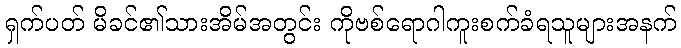
ရှက်ပတ် မိခင်၏သားအိမ်အတွင်း ကိုဗစ်ရောဂါကူးစက်ခံရသူများအနက်